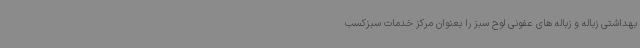
بهداشتی زباله و زباله های عفونی لوح سبز را بعنوان مرکز خدمات سبزکسب